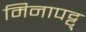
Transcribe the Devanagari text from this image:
मिनापट्टु